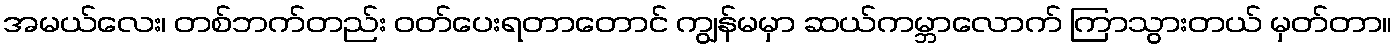
အမယ်လေး၊ တစ်ဘက်တည်း ဝတ်ပေးရတာတောင် ကျွန်မမှာ ဆယ်ကမ္ဘာလောက် ကြာသွားတယ် မှတ်တာ။